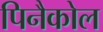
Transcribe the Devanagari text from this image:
पिनैकोल